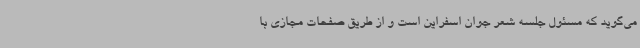
می‌گوید که مسئول جلسه شعر جوان اسفراین است و از طریق صفحات مجازی با